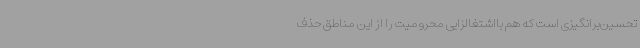
تحسین‌برانگیزی است که هم بااشتغالزایی محرومیت را از این مناطق حذف